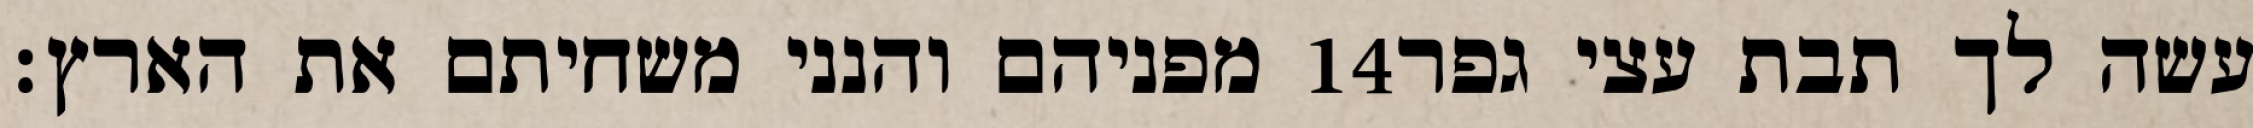
מפניהם והנני משחיתם את הארץ׃ ‎14‏ עשה לך תבת עצי גפר